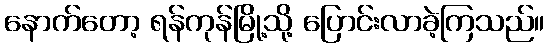
နောက်တော့ ရန်ကုန်မြို့သို့ ပြောင်းလာခဲ့ကြသည်။